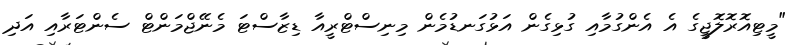
"މީޓިއޮރޮލޮޖީގެ އެ އެންގުމާއި ގުޅިގެން އަޅުގަނޑުމެން މިނިސްޓްރީއާ ޑިޒާސްޓަ މެނޭޖްމަންޓް ސެންޓަރާއި އަދި